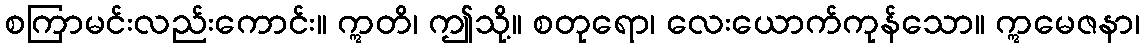
စကြာမင်းလည်းကောင်း။ ဣတိ၊ ဤသို့။ စတုရော၊ လေးယောက်ကုန်သော။ ဣမေဇနာ၊